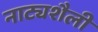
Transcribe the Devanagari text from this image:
नाट्यशैली